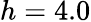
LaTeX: h=4.0